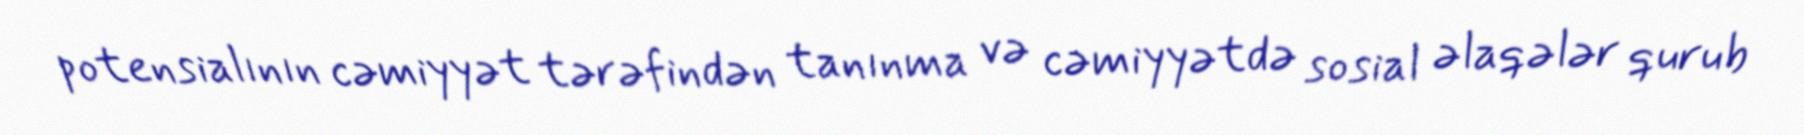
potensialının cəmiyyət tərəfindən tanınma və cəmiyyətdə sosial əlaqələr qurub